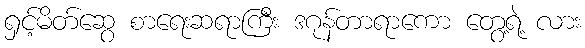
ရှင့်မိတ်ဆွေ စာရေးဆရာကြီး ဒဂုန်တာရာကော တွေ့ရဲ့ လား